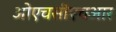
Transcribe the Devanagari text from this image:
ओएचसीएचआर